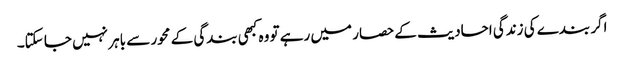
اگر بندے کی زندگی احادیث کے حصار میں رہے تو وہ کبھی بندگی کے محور سے باہر نہیں جا سکتا۔